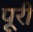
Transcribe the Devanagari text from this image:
पूूरी